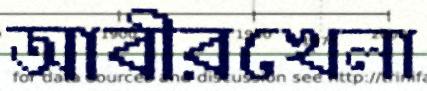
আবীরখেলা